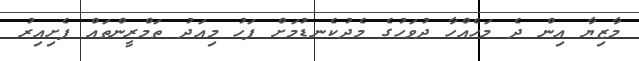
މާޒިޔާ އިން ދެ މަހެއްހާ ދުވަހުގެ މެދުކެނޑުމަށް ފަހު މިއަދު ތަމްރީންތައް ފެށިއިރު